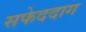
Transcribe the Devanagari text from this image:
सफेददाग